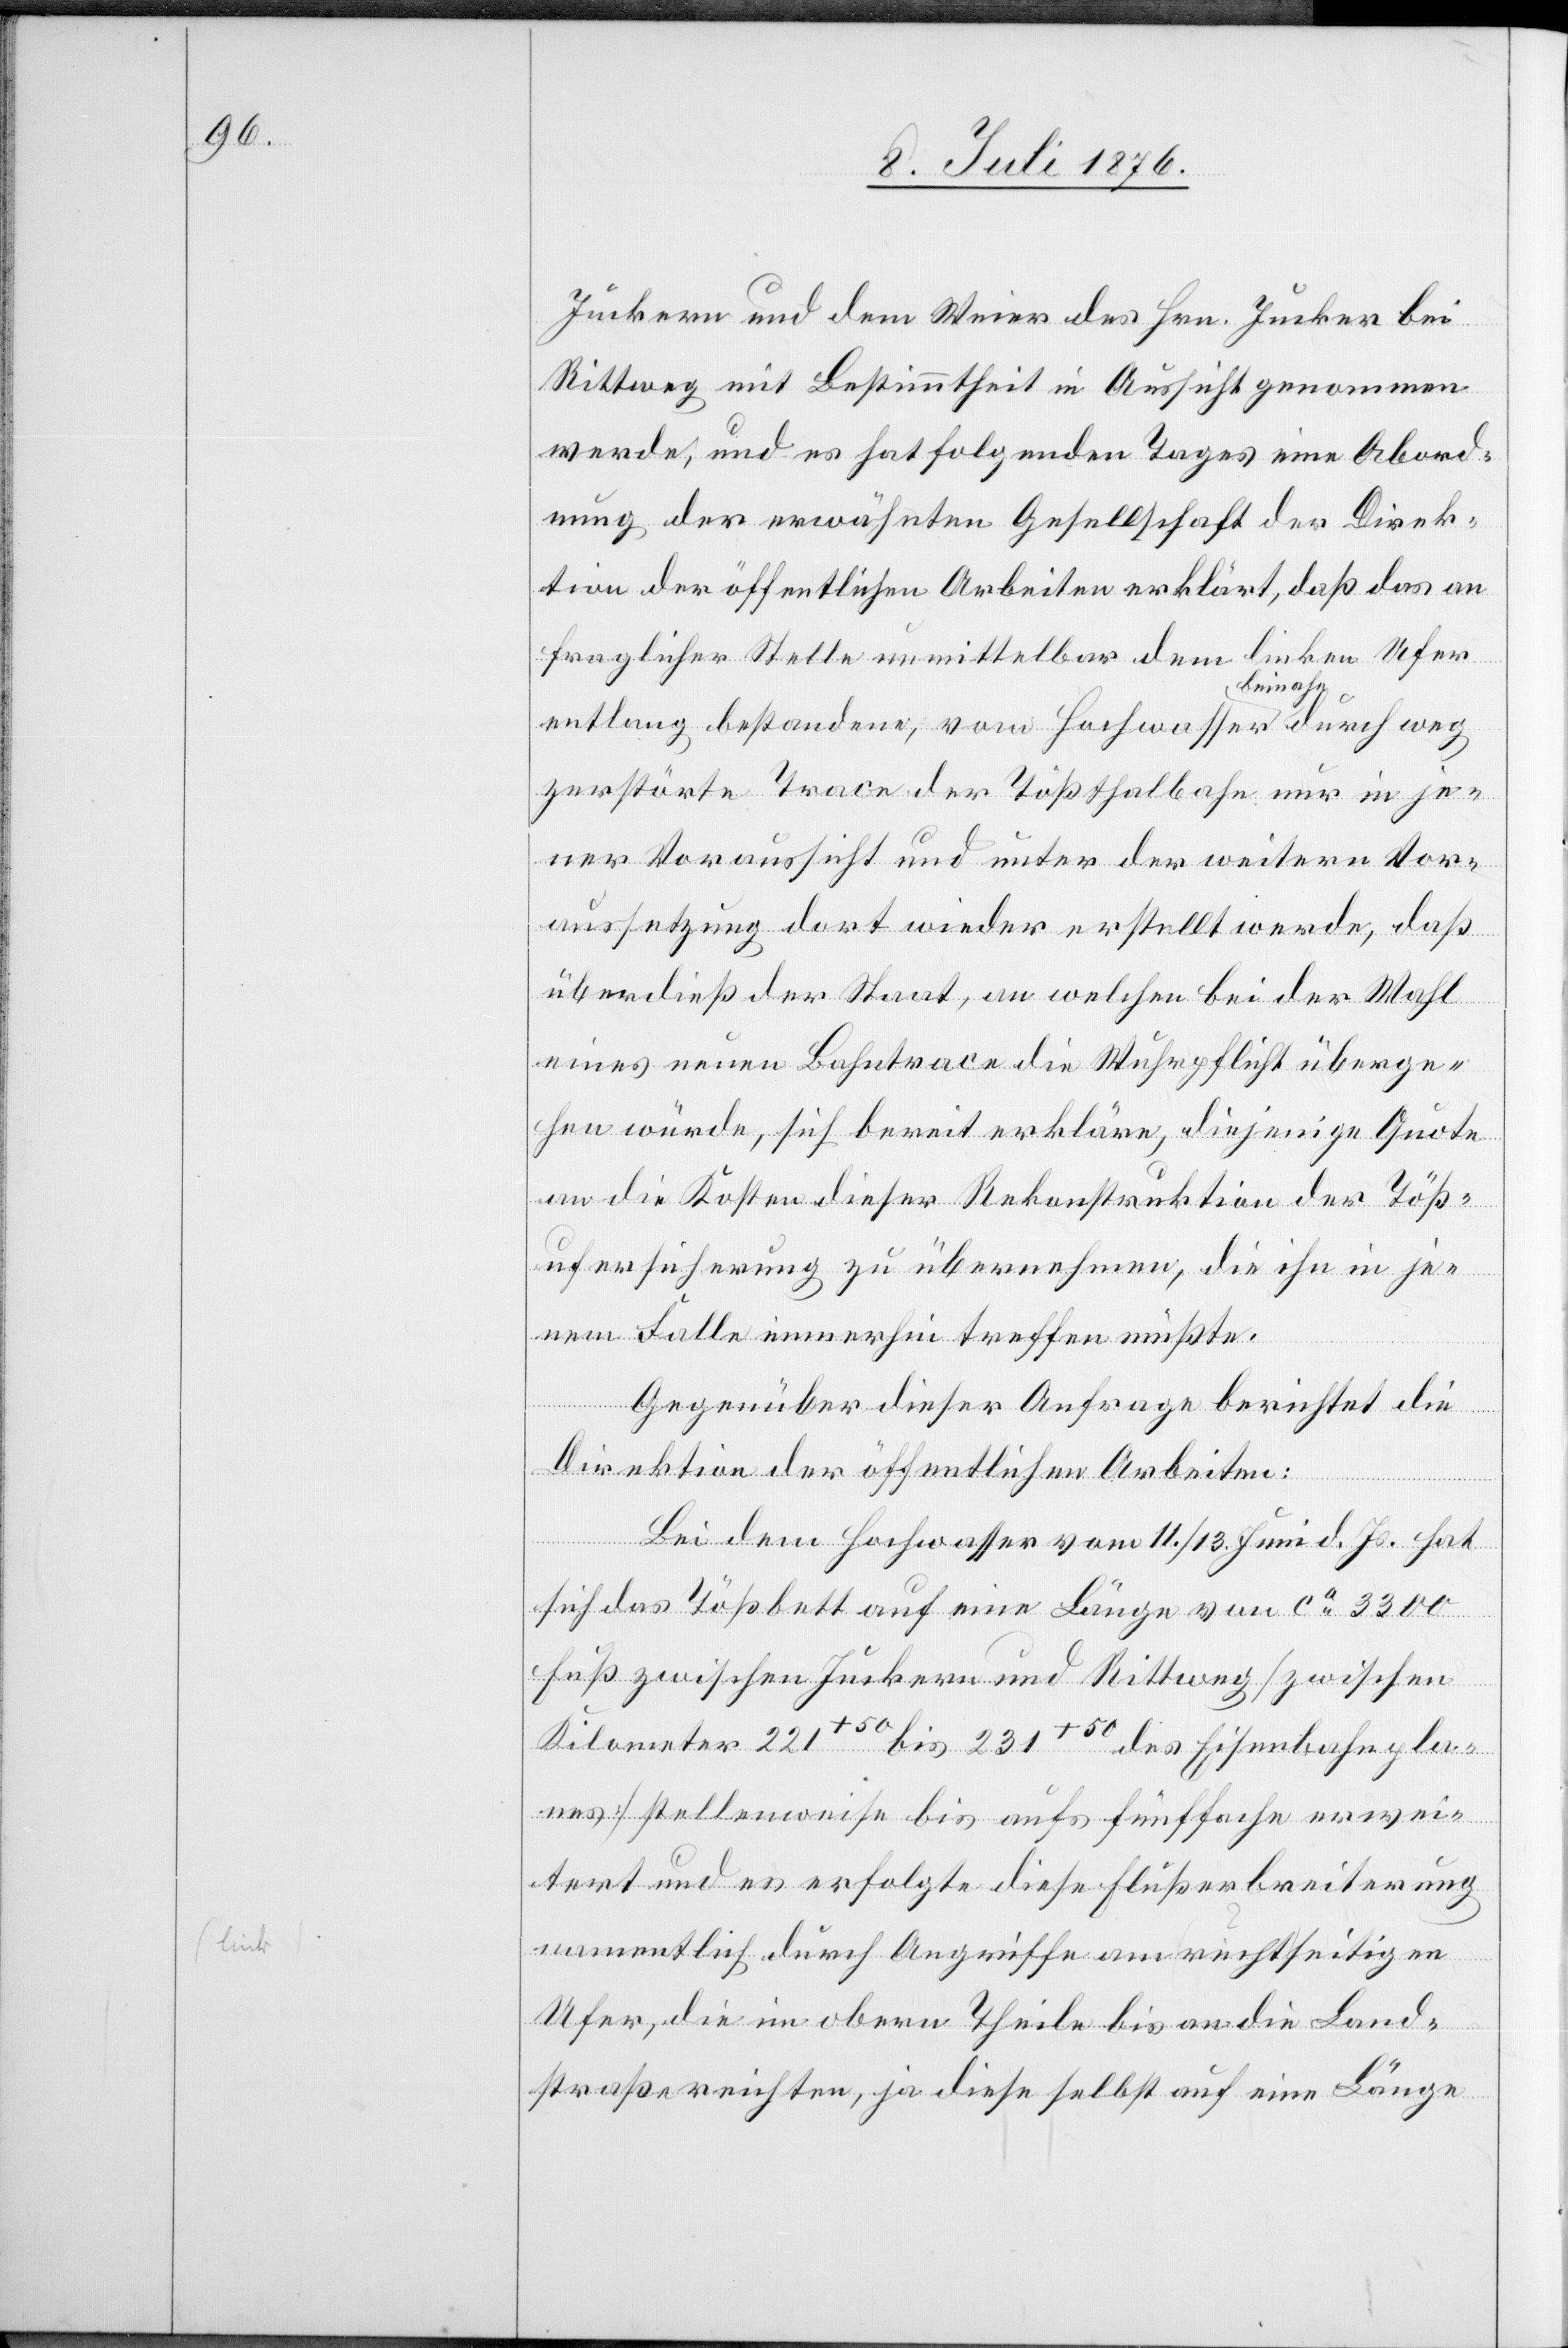
Juckern und dem Weier des Hrn. Jucker bei
Rittweg mit Bestimmtheit in Aussicht genommen
werde, und es hat folgenden Tages eine Abord¬
nung der erwähnten Gesellschaft der Direk¬
tion der öffentlichen Arbeiten erklärt, daß das an
fraglicher Stelle unmittelbar dem linken Ufer
entlang bestandene, vom Hochwasser a beinahe
zerstörte Trace der Tößthalbahn nur in je¬
ner Voraussicht und unter der weitern Vor¬
aussetzung dort wieder erstellt werde, das
überdieß der Staat, an welchen bei der Wahl
eines neuen Bahntrace die Wuhrpflicht überge¬
hen würde, sich bereit erkläre, diejenige Quote
an die Kosten dieser Rekonstruktion der Töß¬
ufersicherung zu übernehmen, die ihn in je¬
dem Falle immerhin treffen müßte.
Gegenüber dieser Anfrage berichtet die
Direktion der öffentlichen Arbeiten:
Bei dem Hochwasser vom 11./13. Juni d. Js. hat
sich da Tößbett auf eine Länge von ca 3300
Fuß zwischen Juckern und Rittweg [zwischen
Kilometer 221“50 bis 231+50 des Eisenbahnpla¬
nes] stellenweise bis aufs fünffache erwei¬
tert und es erfolgte diese Flußerbreiterung
namentlich durch Angriffe am rechtseitigen
Ufer, die im obern Theile bis an die Land¬
straße reichten, ja diese selbst auf eine Länge